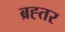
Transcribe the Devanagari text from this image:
ब्रह्तर